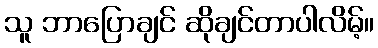
သူ ဘာပြောချင် ဆိုချင်တာပါလိမ့်။